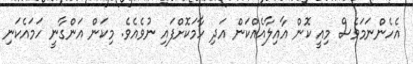
އެހެންނަމަވެސް މިއީ ކޮން އާއިލާއެއްކަން އަދި ހާމަކޮށްފައި ނުވެއެވެ. މިކަން އަންގާނީ ހަމައެކަނި